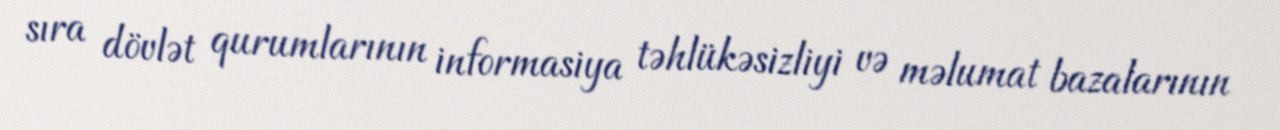
sıra dövlət qurumlarının informasiya təhlükəsizliyi və məlumat bazalarının